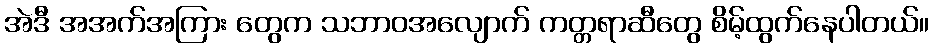
အဲဒီ အအက်အကြား တွေက သဘာဝအလျောက် ကတ္တရာဆီတွေ စိမ့်ထွက်နေပါတယ်။